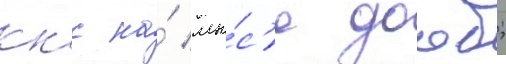
ккс на́ мы́с'е дооб;